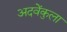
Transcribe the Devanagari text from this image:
अदवेंकुला